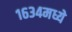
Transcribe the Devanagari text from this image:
१६३४मध्ये